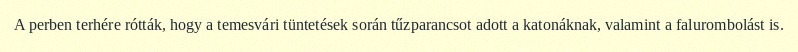
A perben terhére rótták, hogy a temesvári tüntetések során tűzparancsot adott a katonáknak, valamint a falurombolást is.